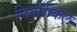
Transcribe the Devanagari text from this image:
लितर्गिकल